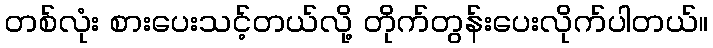
တစ်လုံး စားပေးသင့်တယ်လို့ တိုက်တွန်းပေးလိုက်ပါတယ်။